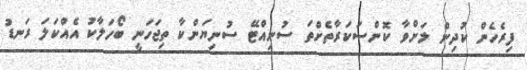
ފިރެހެން ކުދިން ލަށްވާ ކޮންސަކަރާތެށްތަ ސުނިއްޓޭ ސުނިޔަންކާ ތިޖަހަނީ ބޯހަލާކު އެއްކަލަ ރަނޑު